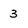
Character: 3